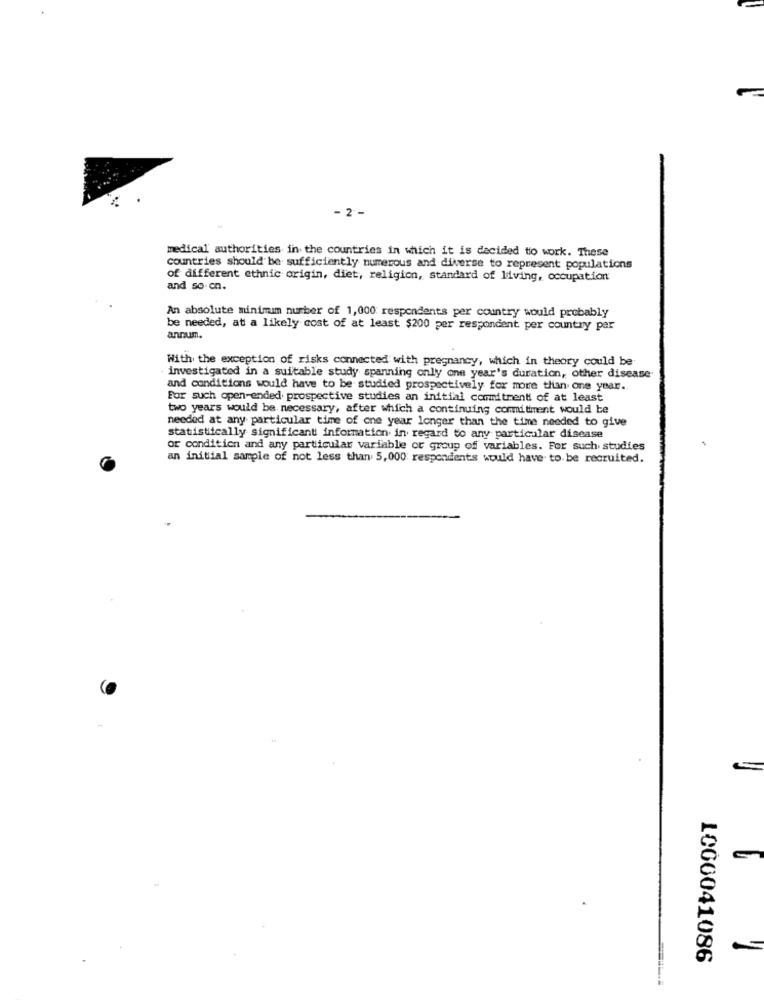
- 2-
medical authorities in the countries in which it is decided to work. These
countries should be sufficiently numerous and diverse to represent populations
of different ethnic origin, diet, religion, standard of living, occupation
and so on.
An absolute minimum number of 1,000 respondents per country would probably
be needed, at a likely cost of at least $200 per respondent per country par
annum.
With the exception of risks connected with pregnancy, which in theory could be
investigated in a suitable study spanning only one year's duration, other disease
and conditions would have to be studied prospectively for more than one year.
For such open-ended prospective studies an initial commitment of at least
two years would be necessary, after which a continuing commitment would be
needed at any particular time of one year longer than the time needed to give
statistically significant information in regard to any particular disease
or condition and any particular variable or group of variables. For such studies
an initial sample of not less than 5, 000 respondents would have to be recruited.
1000041086